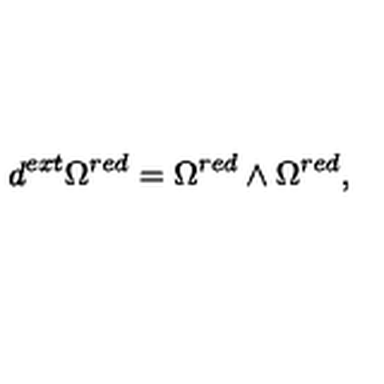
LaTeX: d ^ { e x t } \Omega ^ { r e d } = \Omega ^ { r e d } \wedge \Omega ^ { r e d } ,